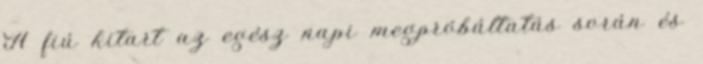
A fiú kitart az egész napi megpróbáltatás során és